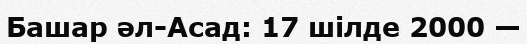
Башар әл-Асад: 17 шілде 2000 —